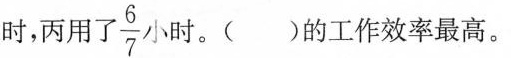
时，丙用了 \frac{6}{7} 小时。()的工作效率最高。